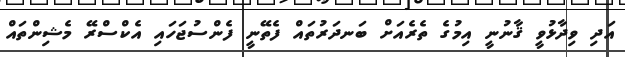
އަދި ވިދާޅުވީ ޤާނުނީ އިމުގެ ތެރެއަށް ބަނދަރުތައް ފެތޭނީ ފެންސުޖަހައި އެކްސްރޭ މެޝިންތައް